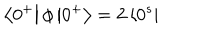
\left\langle 0 ^ { + } \right| \phi \left| 0 ^ { + } \right\rangle = 2 \left\langle 0 ^ { s } \right|